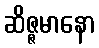
ဆိဇ္ဇမာနော